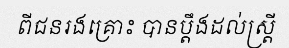
ពីជនរងគ្រោះ បានប្តឹងដល់ស្ត្រី